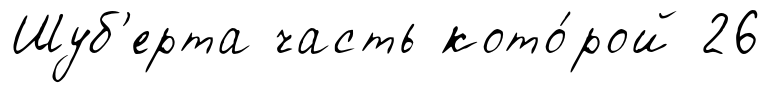
Шуб'ерта часть кото́рой 26